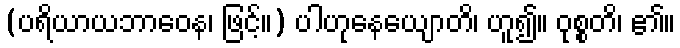
(ပရိယာယဘာဝေန၊ ဖြင့်။) ပါဟုနေယျောတိ၊ ဟူ၍။ ဝုစ္စတိ၊ ၏။